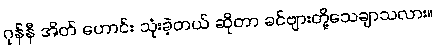
ဂုန်နီ အိတ် ဟောင်း သုံးခဲ့တယ် ဆိုတာ ခင်ဗျားတို့သေချာသလား။